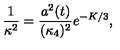
\frac { 1 } { \kappa ^ { 2 } } = \frac { a ^ { 2 } ( t ) } { ( \kappa _ { 4 } ) ^ { 2 } } e ^ { - K / 3 } ,